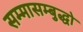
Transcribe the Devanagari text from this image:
सम्मासम्बुद्धो